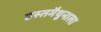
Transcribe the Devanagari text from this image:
हस्तमैथुनाला